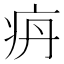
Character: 𰣤